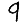
Digit: 9